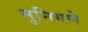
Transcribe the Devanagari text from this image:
मुनिगणे